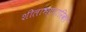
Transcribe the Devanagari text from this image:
शीलाभट्टारिका